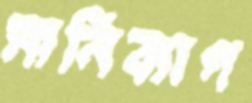
মানিব্যাগ